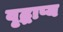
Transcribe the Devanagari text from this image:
वृद्धाप्य